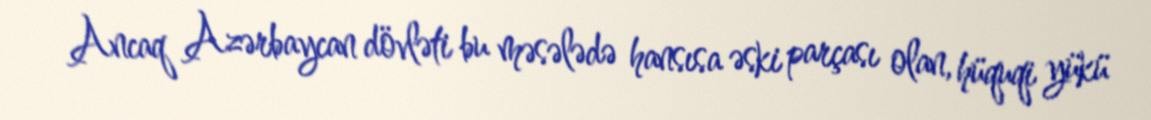
Ancaq Azərbaycan dövləti bu məsələdə hansısa əski parçası olan, hüquqi yükü